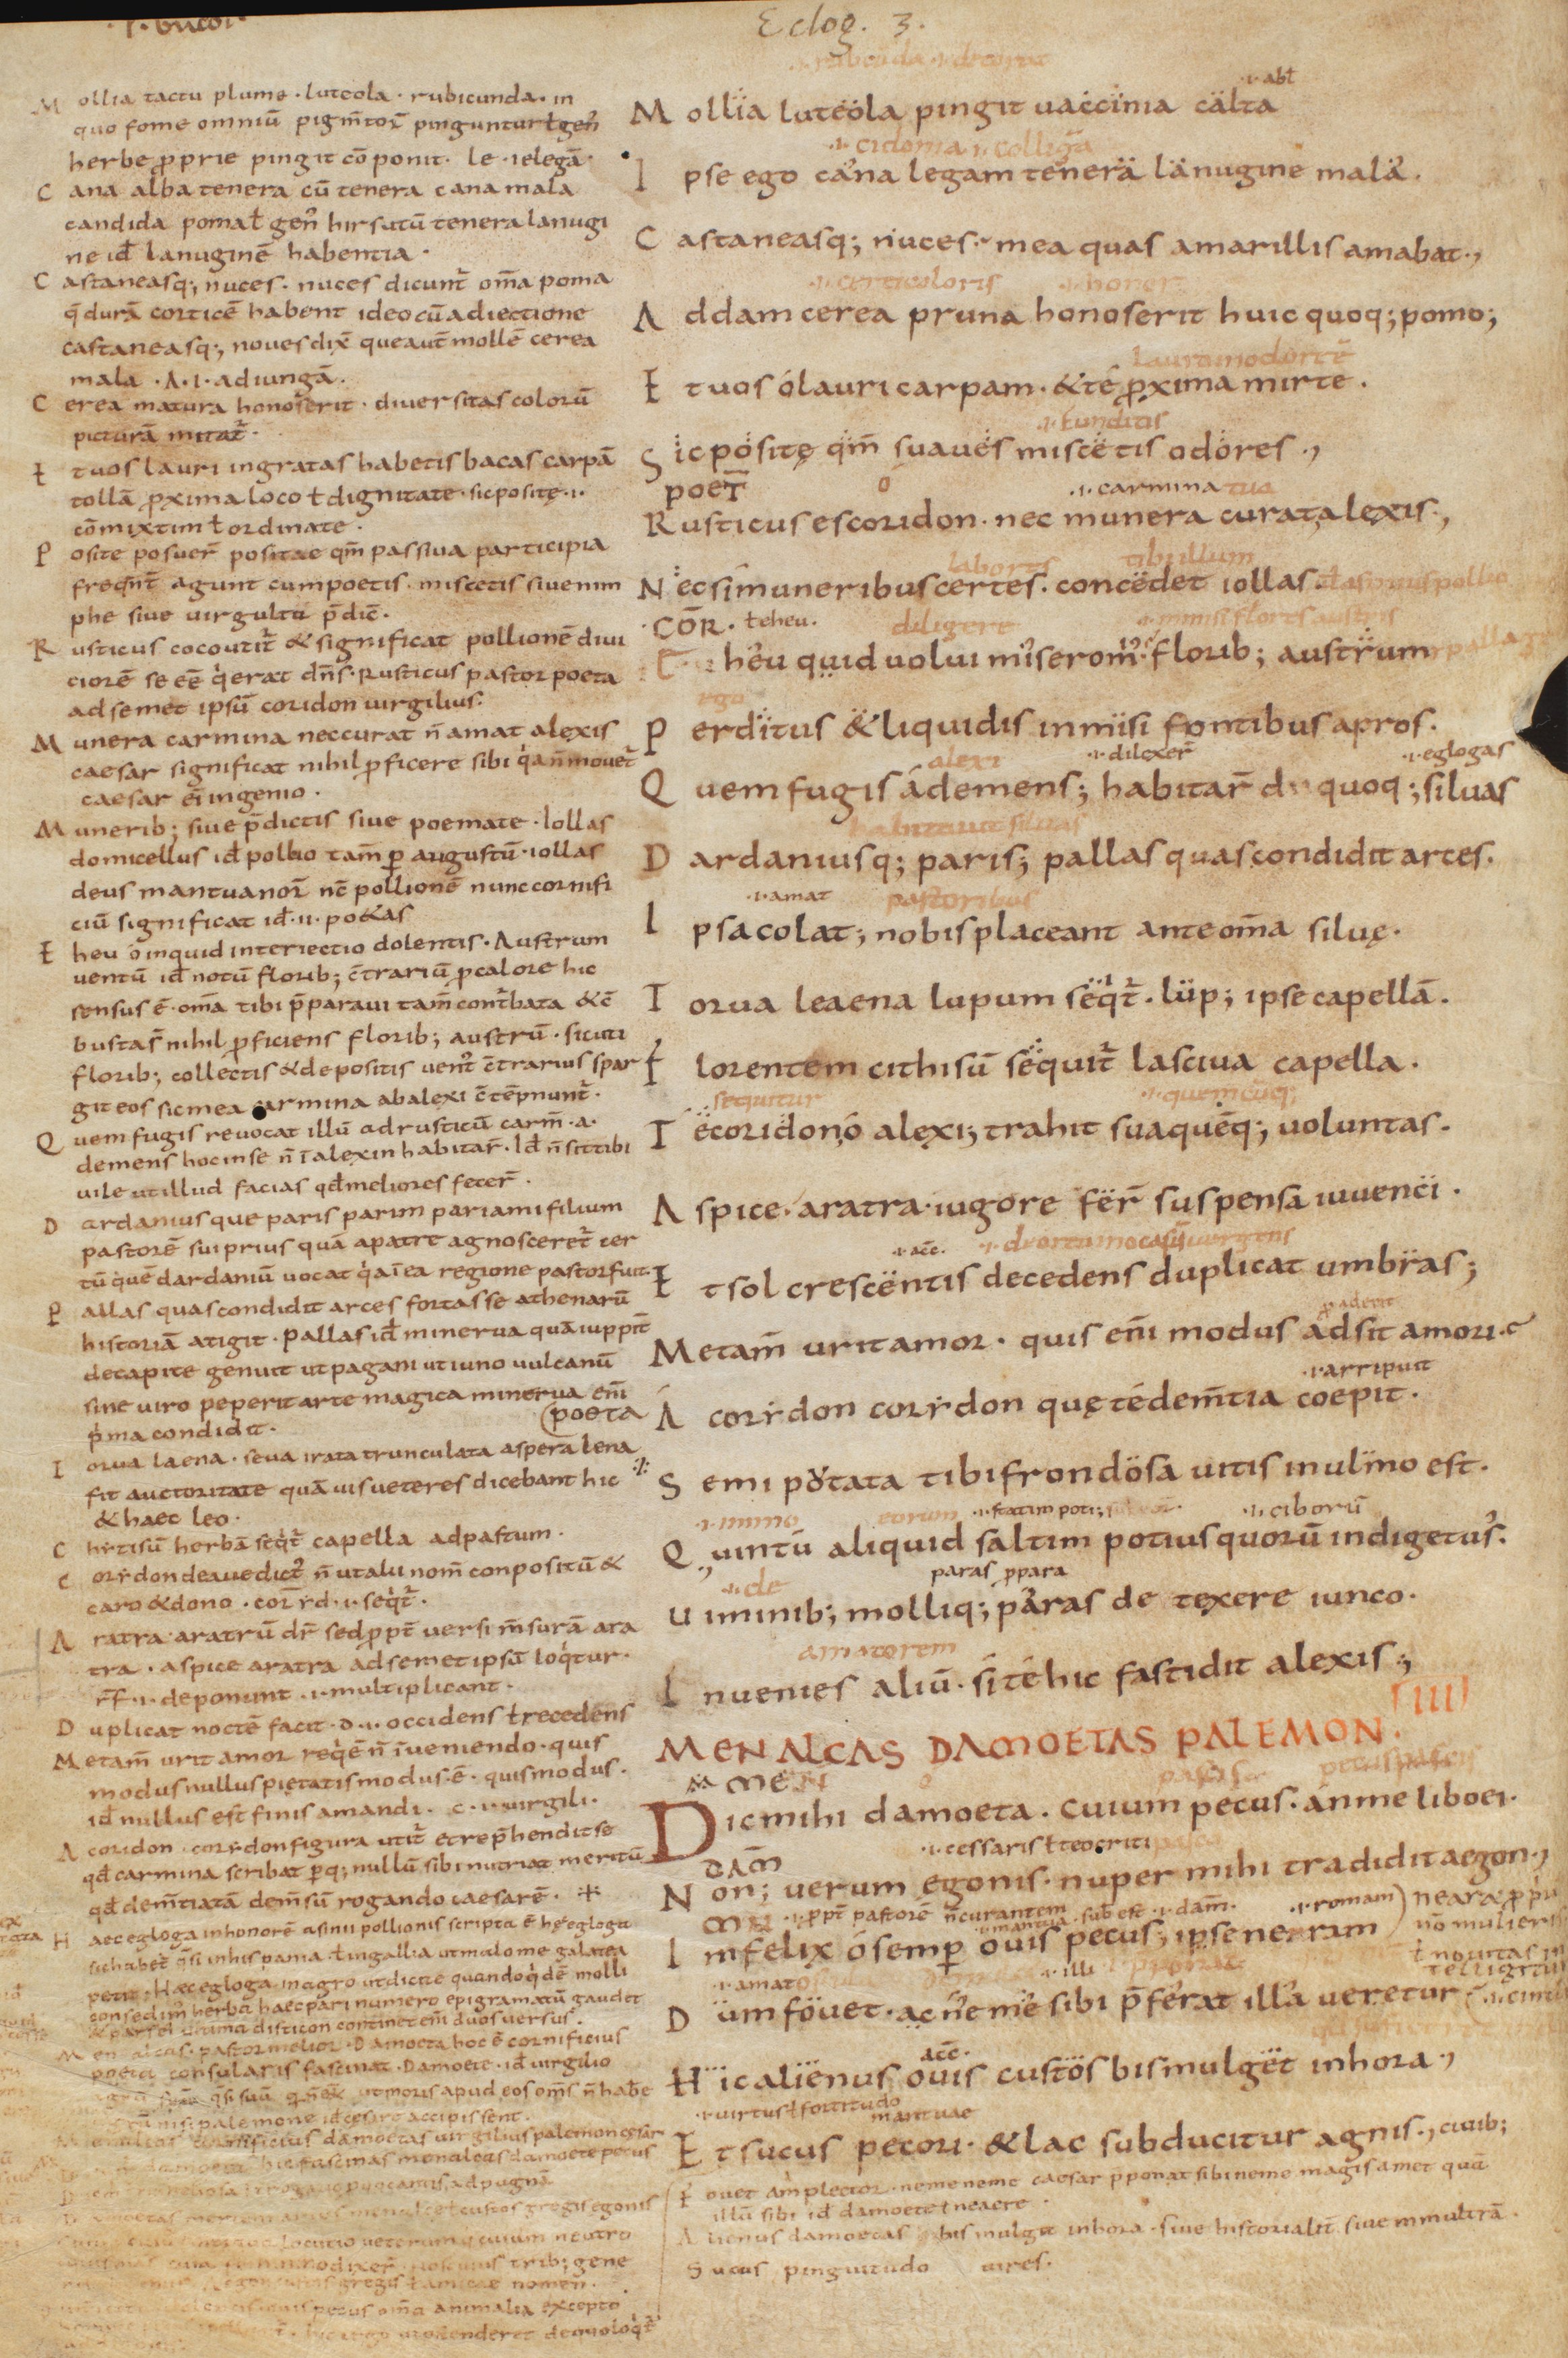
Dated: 850–999